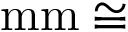
\mathrm { m m } \cong